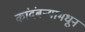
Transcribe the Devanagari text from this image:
कांदंबर्‍यामधून